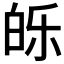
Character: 𰤕